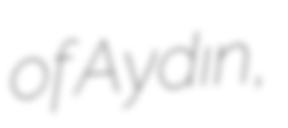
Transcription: of Aydın,